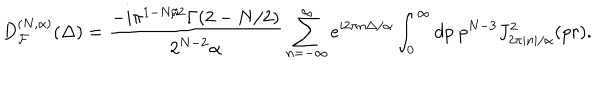
D _ { { \cal F } } ^ { ( N , \alpha ) } ( \Delta ) = \frac { - i \pi ^ { 1 - N / 2 } \Gamma ( 2 - N / 2 ) } { 2 ^ { N - 2 } \alpha } \sum _ { n = - \infty } ^ { \infty } e ^ { i 2 \pi n \Delta / \alpha } \int _ { 0 } ^ { \infty } d p \ p ^ { N - 3 } J _ { 2 \pi | n | / \alpha } ^ { 2 } ( p r ) .